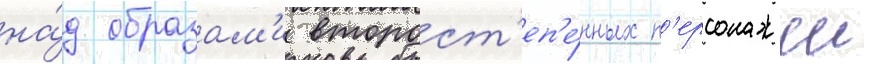
на́д образам'и второст'еп'е́нных п'ерсонажеи